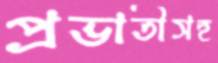
প্রভাতীসহ